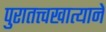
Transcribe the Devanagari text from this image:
पुरातत्त्वखात्याने